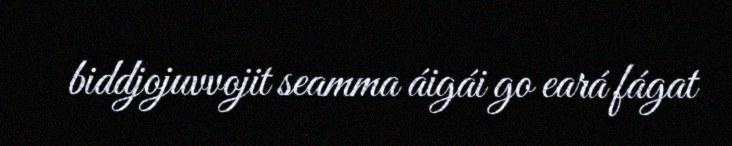
biddjojuvvojit seamma áigái go eará fágat